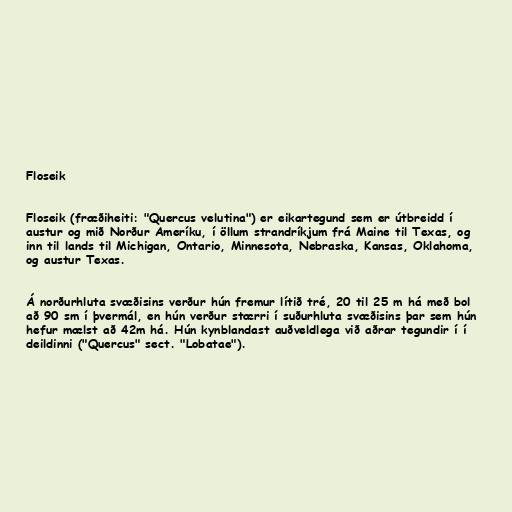
Floseik

Floseik (fræðiheiti: "Quercus velutina") er eikartegund sem er útbreidd í
austur og mið Norður Ameríku, í öllum strandríkjum frá Maine til Texas, og
inn til lands til Michigan, Ontario, Minnesota, Nebraska, Kansas, Oklahoma,
og austur Texas.

Á norðurhluta svæðisins verður hún fremur lítið tré, 20 til 25 m há með bol
að 90 sm í þvermál, en hún verður stærri í suðurhluta svæðisins þar sem hún
hefur mælst að 42m há. Hún kynblandast auðveldlega við aðrar tegundir í í
deildinni ("Quercus" sect. "Lobatae").